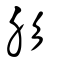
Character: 肜